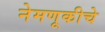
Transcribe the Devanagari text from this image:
नेमणूकीचे